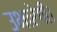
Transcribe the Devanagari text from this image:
उभारेगी।